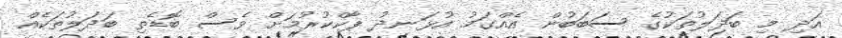
އަދި މި ބަދަލުތަކުގެ ސަބަބުން އެއްގަމު އުޅަނދު ޕާކްކުރުމަށް ވެސް ބޮޑެތި ބަދަލުތަކެއް